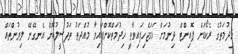
ޚިދުމަތުގެ ރެކޯޑަށް ޕޮއިންޓް ދިނުމަށް ހަމަޖެހިފައިވާތީ ޚިދުމަތްކޮށްފައިވާ މުއްދަތު ތަފުސީލުކޮށް އެނގޭނޭ ލިޔުންތައް